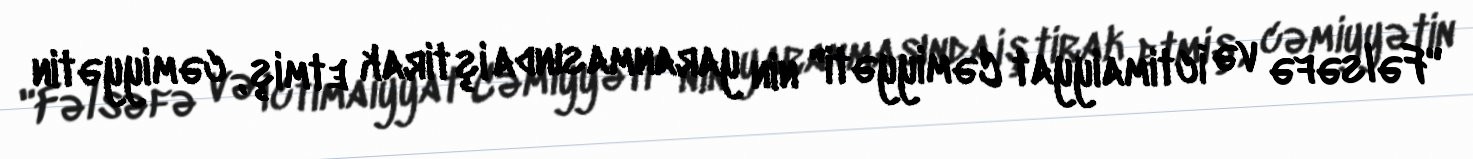
"Fəlsəfə və İctimaiyyat Cəmiyyəti" nin yaranmasında iştirak etmiş, cəmiyyətin